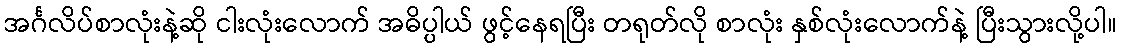
အင်္ဂလိပ်စာလုံးနဲ့ဆို ငါးလုံးလောက် အဓိပ္ပါယ် ဖွင့်နေရပြီး တရုတ်လို စာလုံး နှစ်လုံးလောက်နဲ့ ပြီးသွားလို့ပါ။